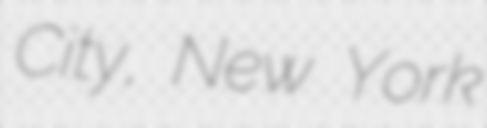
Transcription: City, New York